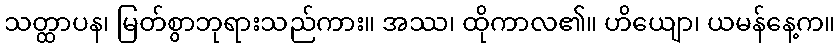
သတ္ထာပန၊ မြတ်စွာဘုရားသည်ကား။ အဿ၊ ထိုကာလ၏။ ဟိယျော၊ ယမန်နေ့က။